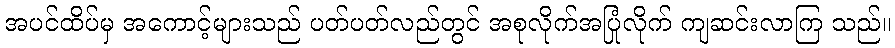
အပင်ထိပ်မှ အကောင့်များသည် ပတ်ပတ်လည်တွင် အစုလိုက်အပြုံလိုက် ကျဆင်းလာကြ သည်။